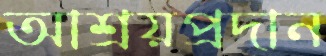
আশ্রয়প্রদান